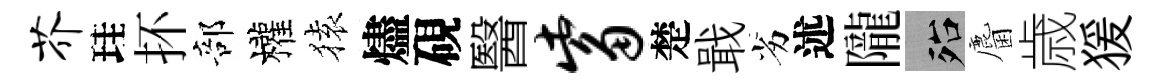
芥珪抔部權𫞤燼硯醫觜楚戢劣述隴殆麕歳猨